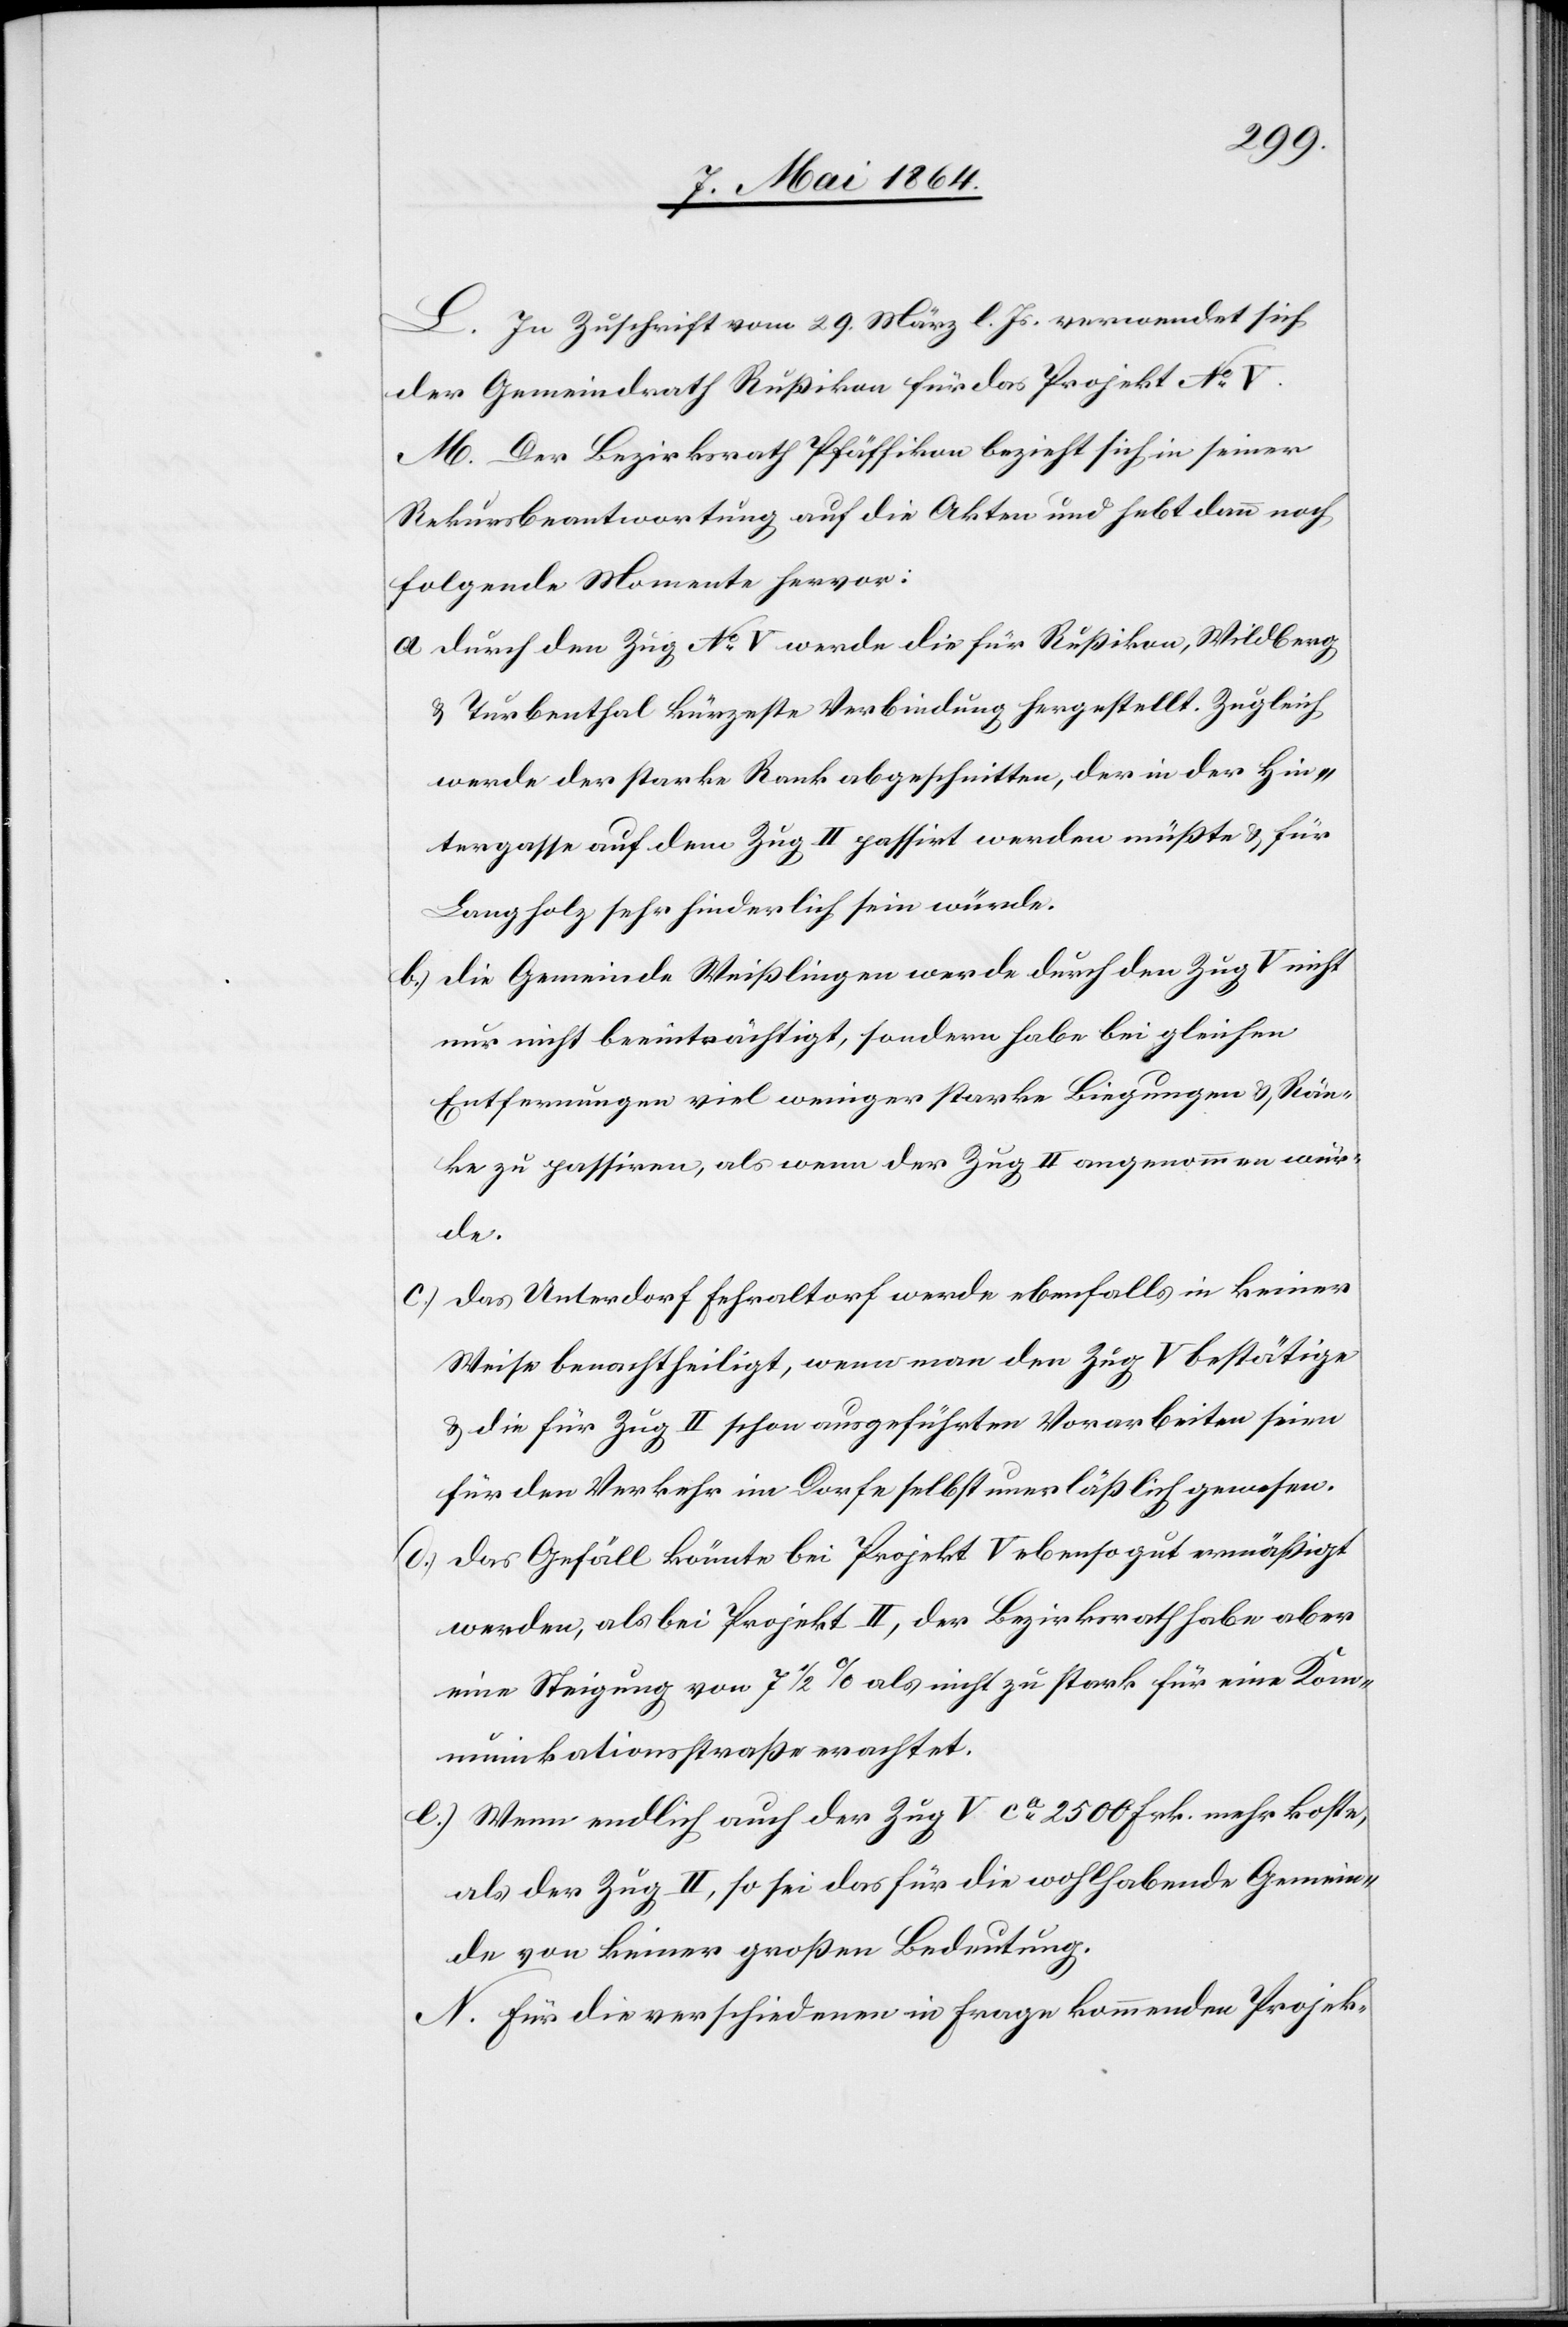
L. In Zuschrift vom 29. März l. Js. verwendet sich
der Gemeindrath Rußikon für das Projekt No V.
M. Der Bezirksrath Pfäffikon bezieht sich in seiner
Rekursbeantwortung auf die Akten und hebt dann noch
folgende Momente hervor:
a.) Durch den Zug No V werde die für Rußikon, Wildberg
u. Turbenthal kürzeste Verbindung hergestellt. Zugleich
werde der starke Rank abgeschnitten, der in der Hin¬
tergasse auf dem Zug II passirt werden müßte u. für
Langholz sehr hinderlich sein würde.
b.) Die Gemeinde Weißlingen werde durch den Zug V nicht
nur nicht beeinträchtigt, sondern habe bei gleichen
Entfernungen viel weniger starke Biegungen u. Rän¬
ke zu passiren, als wenn der Zug II angenommen wür¬
de.
c.) Das Unterdorf Fehraltorf werde ebenfalls in keiner
Weise benachtheiligt, wenn man den Zug V bestätigt
u. die für Zug II schon ausgeführten Vorarbeiten seien
für den Verkehr im Dorfe selbst unerläßlich gewesen.
d.) Das Gefäll könnte bei Projekt V ebensogut ermäßigt
werden, als bei Projekt II, der Bezirksrath habe aber
eine Steigung von 7 1/2% als nicht zu stark für eine Kom¬
munikationsstraße erachtet.
e.) Wenn endlich auch der Zug V ca 2500 Frk. mehr koste,
als der Zug II, so sei das für die wohlhabende Gemein¬
de von keiner großen Bedeutung.
N. Für die verschiedenen in Frage kommenden Projek-